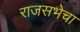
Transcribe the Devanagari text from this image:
राजसभेचा